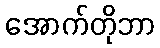
အောက်တိုဘာ